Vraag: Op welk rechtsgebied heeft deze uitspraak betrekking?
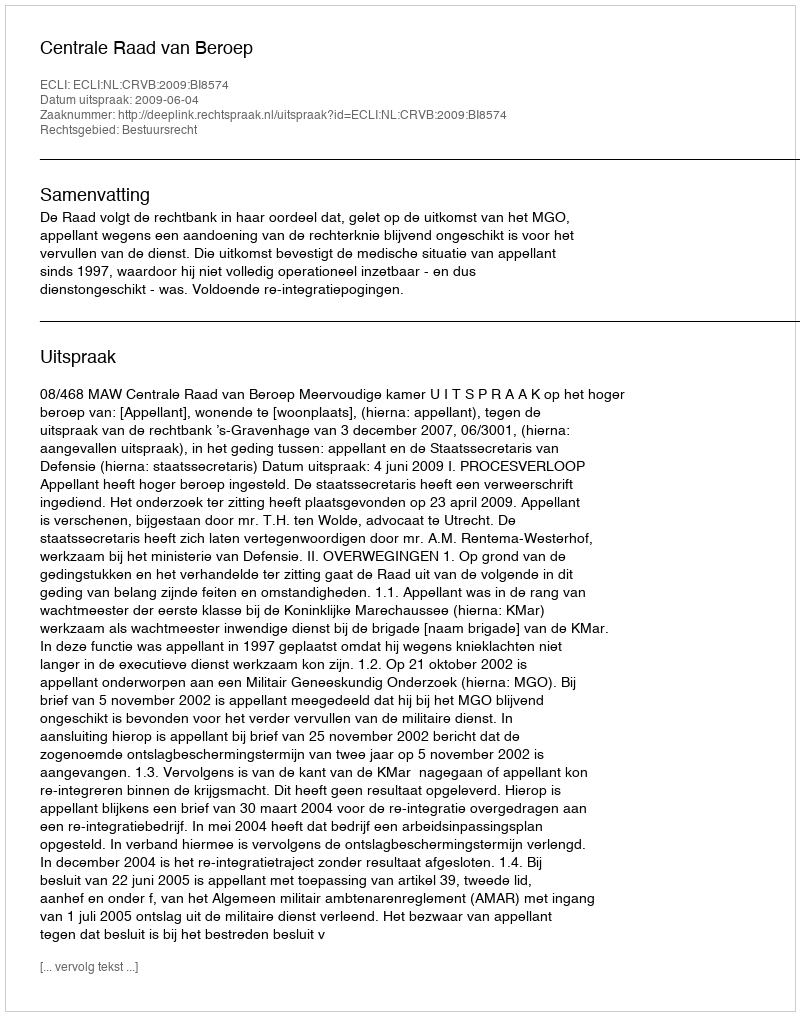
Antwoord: Bestuursrecht